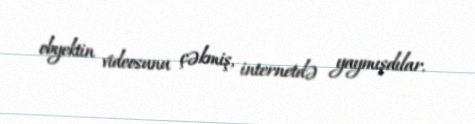
obyektin videosunu çəkmiş, internetdə yaymışdılar.